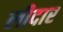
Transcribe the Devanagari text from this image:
लीदार